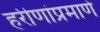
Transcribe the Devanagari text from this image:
हरीणांप्रमाणे